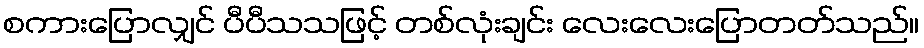
စကားပြောလျှင် ပီပီသသဖြင့် တစ်လုံးချင်း လေးလေးပြောတတ်သည်။